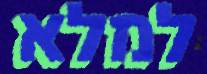
למלא